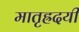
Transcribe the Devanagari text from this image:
मातृह्रदयी